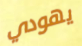
يهودي